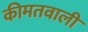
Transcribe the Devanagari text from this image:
कीमतवाली